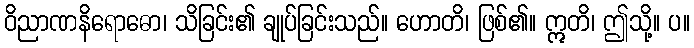
ဝိညာဏနိရောဓော၊ သိခြင်း၏ ချုပ်ခြင်းသည်။ ဟောတိ၊ ဖြစ်၏။ ဣတိ၊ ဤသို့။ ပ။